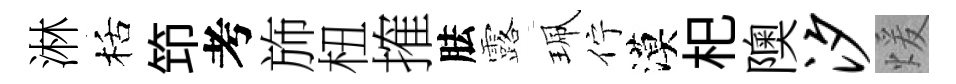
淋栝笻考斾杻搉胠露珮佇漠𣏌隩汐煖